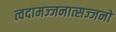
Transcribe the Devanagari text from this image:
त्वदामज्जनात्सज्जनो